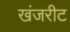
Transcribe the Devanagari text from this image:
खंजरीट